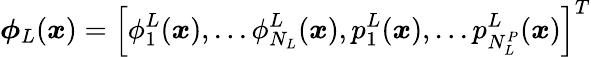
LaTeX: \boldsymbol{\phi}_{L}(\boldsymbol{x})=\left[\phi_{1}^{L}(\boldsymbol{x}),...\phi_{N_{L}}^{L}(\boldsymbol{x}),p_{1}^{L}(\boldsymbol{x}),...p_{N_{L}^{P}}^{L}(\boldsymbol{x})\right]^{T}